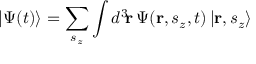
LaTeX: | \Psi ( t ) \rangle = \sum _ { s _ { z } } \int d ^ { 3 } \! \mathbf { r } \, \Psi ( \mathbf { r } , s _ { z } , t ) \, | \mathbf { r } , s _ { z } \rangle